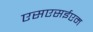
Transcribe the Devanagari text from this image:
एसएसईएम